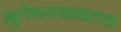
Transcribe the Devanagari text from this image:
भुलेश्वराबाबतचा